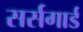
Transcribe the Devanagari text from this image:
सर्सगार्ड